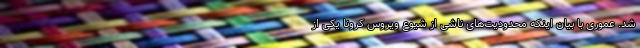
شد. عموری با بیان اینکه محدودیت‌های ناشی از شیوع ویروس کرونا یکی از